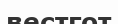
вестгот